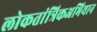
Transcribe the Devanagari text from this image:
लोकतांत्रिकअभियान